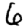
Digit: 6